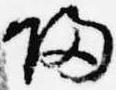
帰